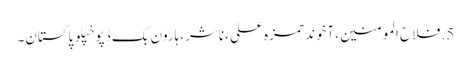
5.	فلاح المومنین ،آخوند حمزہ علی ،ناشر ،ہارون بک ڈپو خپلو پاکستان۔